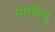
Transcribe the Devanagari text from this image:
मार्कियु